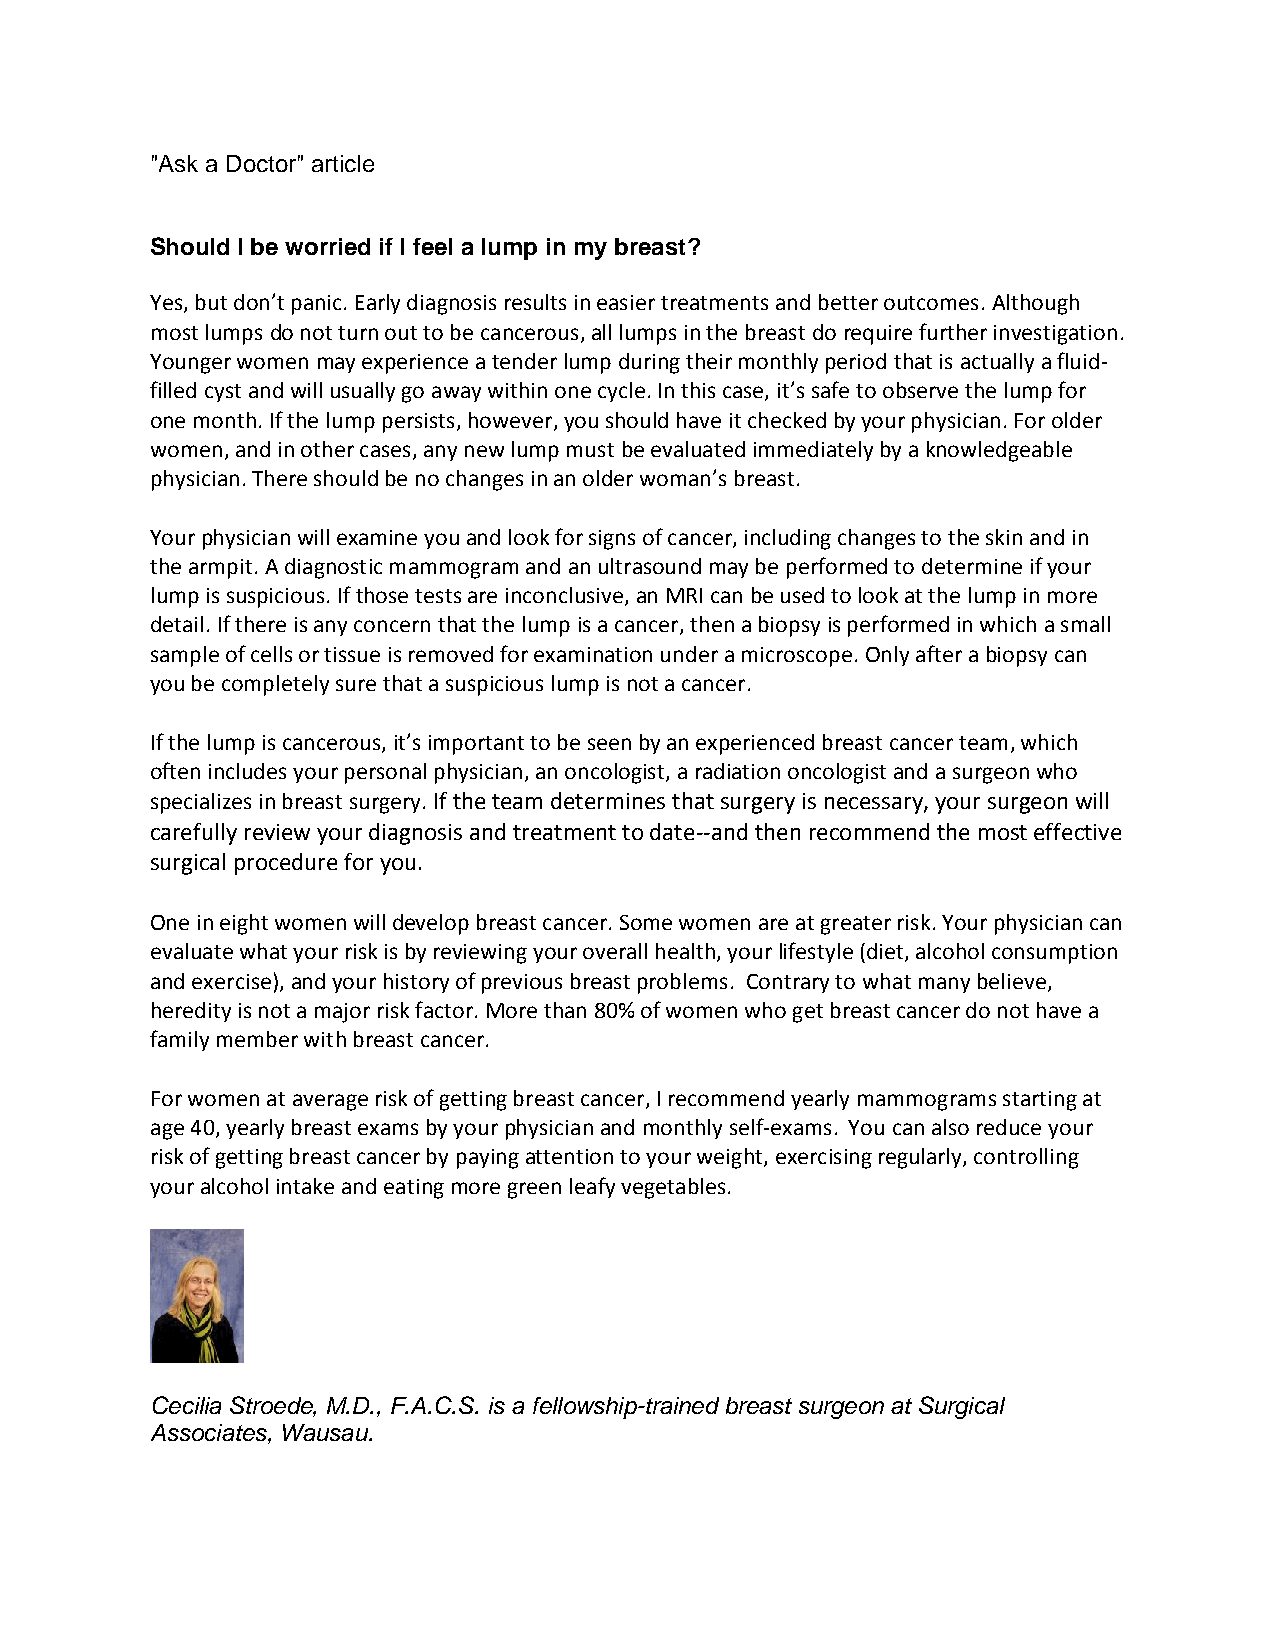
"Ask a Doctor" article
 Should I be worried if I feel a lump in my breast?
 Yes, but don’t panic. Early diagnosis results in easier treatments and better outcomes. Although
 most lumps do not turn out to be cancerous, all lumps in the breast do require further investigation.
 Younger women may experience a tender lump during their monthly period that is actually a fluid-
 filled cyst and will usually go away within one cycle. In this case, it’s safe to observe the lump for
 one month. If the lump persists, however, you should have it checked by your physician. For older
 women, and in other cases, any new lump must be evaluated immediately by a knowledgeable
 physician. There should be no changes in an older woman’s breast.
 Your physician will examine you and look for signs of cancer, including changes to the skin and in
 the armpit. A diagnostic mammogram and an ultrasound may be performed to determine if your
 lump is suspicious. If those tests are inconclusive, an MRI can be used to look at the lump in more
 detail. If there is any concern that the lump is a cancer, then a biopsy is performed in which a small
 sample of cells or tissue is removed for examination under a microscope. Only after a biopsy can
 you be completely sure that a suspicious lump is not a cancer.
 If the lump is cancerous, it’s important to be seen by an experienced breast cancer team, which
 often includes your personal physician, an oncologist, a radiation oncologist and a surgeon who
 specializes in breast surgery. If the team determines that surgery is necessary, your surgeon will
 carefully review your diagnosis and treatment to date--and then recommend the most effective
 surgical procedure for you.
 One in eight women will develop breast cancer. Some women are at greater risk. Your physician can
 evaluate what your risk is by reviewing your overall health, your lifestyle (diet, alcohol consumption
 and exercise), and your history of previous breast problems. Contrary to what many believe,
 heredity is not a major risk factor. More than 80% of women who get breast cancer do not have a
 family member with breast cancer.
 For women at average risk of getting breast cancer, I recommend yearly mammograms starting at
 age 40, yearly breast exams by your physician and monthly self-exams. You can also reduce your
 risk of getting breast cancer by paying attention to your weight, exercising regularly, controlling
 your alcohol intake and eating more green leafy vegetables.
 Cecilia Stroede, M.D., F.A.C.S. is a fellowship-trained breast surgeon at Surgical
 Associates, Wausau.